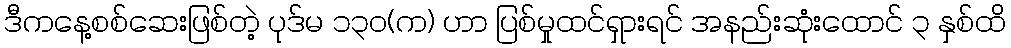
ဒီကနေ့စစ်ဆေးဖြစ်တဲ့ ပုဒ်မ ၁၃၀(က) ဟာ ပြစ်မှုထင်ရှားရင် အနည်းဆုံးထောင် ၃ နှစ်ထိ